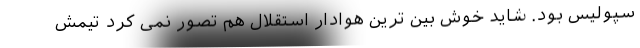
سپولیس بود. شاید خوش بین ترین هوادار استقلال هم تصور نمی کرد تیمش